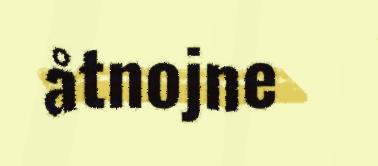
åtnojne